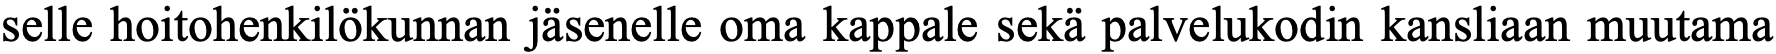
selle hoitohenkilökunnan jäsenelle oma kappale sekä palvelukodin kansliaan muutama